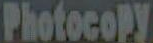
Photocopy